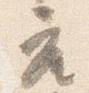
座